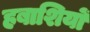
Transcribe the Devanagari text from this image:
हबाशियों